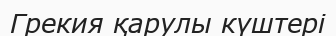
Грекия қарулы күштері